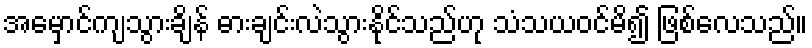
အမှောင်ကျသွားချိန် ဓားချင်းလဲသွားနိုင်သည်ဟု သံသယဝင်မိ၍ ဖြစ်လေသည်။